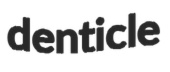
denticle